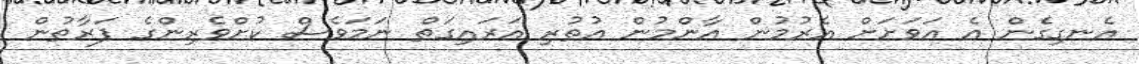
އެނގިގެން އެ އަވަށަށް އެރުމުން އާންމުން އުތުރި އަރައިގަތް ނަމަވެސް ކުށްވެރިންގެ ފަރާތުން